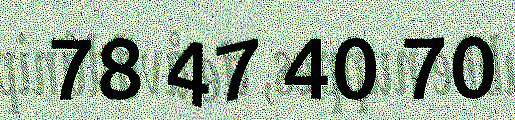
78 47 40 70